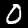
Label: 0